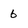
Character: 6